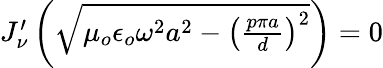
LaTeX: \begin{array}{r}{J_{\nu}^{\prime}\left(\sqrt{\mu_{o}\epsilon_{o}\omega^{2}a^{2}-\left(\frac{p\pi a}{d}\right)^{2}}\right)=0}\end{array}